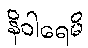
နိဝါရေမိ